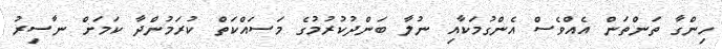
ހިންގާ ތަންތަން އެއްވެސް އެންގުމަކާއި ނުލާ ބަންދުކުރުމުގެ މަސައްކަތް ކުރަމުންދާ ކަމަށް ނާސިރު